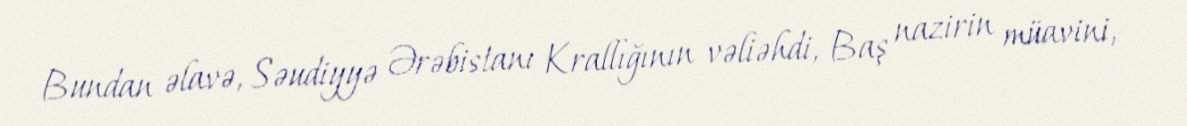
Bundan əlavə, Səudiyyə Ərəbistanı Krallığının vəliəhdi, Baş nazirin müavini,